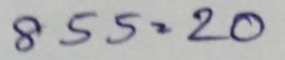
855 = 20